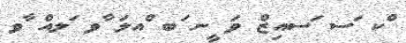
ްކ ަސ ަސއިޒް ވަ ީނ ަބ ްއލަ ާވ ަލއް ާވ